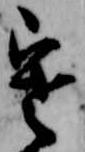
寒